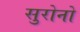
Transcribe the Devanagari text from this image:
सुरोनो